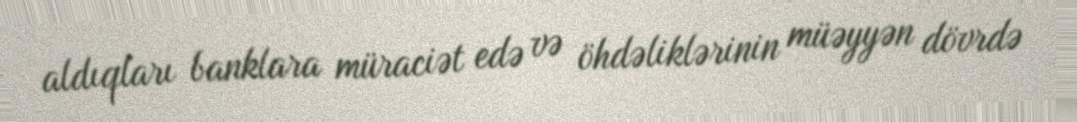
aldıqları banklara müraciət edə və öhdəliklərinin müəyyən dövrdə